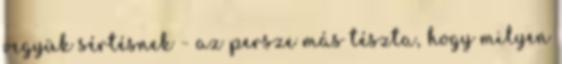
vegyük sértésnek - az persze más tészta, hogy milyen